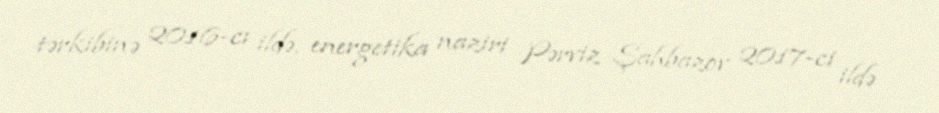
tərkibinə 2016-cı ildə, energetika naziri Pərviz Şahbazov 2017-ci ildə